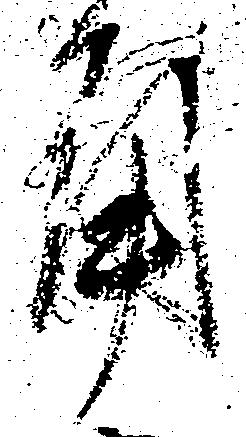
角